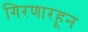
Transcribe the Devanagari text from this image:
गिरणारहून